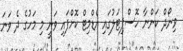
ވިނޯދް ކަންނާ ހޮސްޕިޓަލުގައި އެޑްމިޓް ކޮށްފައި ވަނީ މި މަހުގެ ދެ ވަނަ